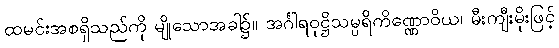
ထမင်းအစရှိသည်ကို မျိုသောအခါ၌။ အင်္ဂါရဝုဋ္ဌိသမ္ပရိကိဏ္ဏောဝိယ၊ မီးကျီးမိုးဖြင့်